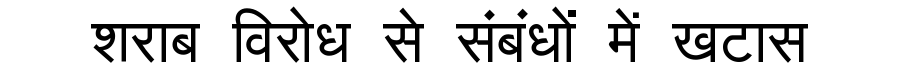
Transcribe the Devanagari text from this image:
शराब विरोध से संबंधों में खटास